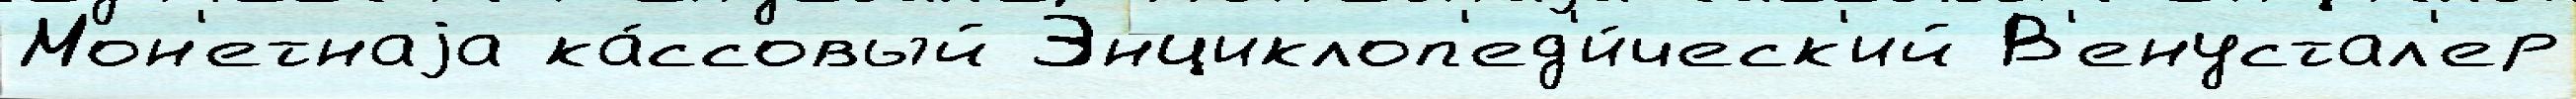
Мон'етнаjа ка́ссовый Энциклоп'ед'и́ческ'ий В'енустал'ер